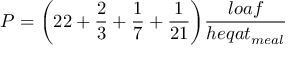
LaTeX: P = { \bigg ( } 2 2 + { \frac { 2 } { 3 } } + { \frac { 1 } { 7 } } + { \frac { 1 } { 2 1 } } { \bigg ) } { \frac { l o a f } { h e q a t _ { m e a l } } }